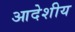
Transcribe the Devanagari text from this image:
आदेशीय